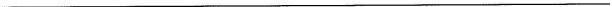
___